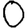
Digit: 0